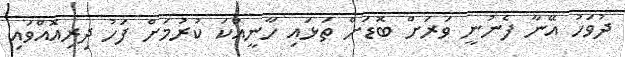
ދުވަހު އޭނާ ފެނުނީ ވަރަށް ބޮޑަށް ތަޅައި ހާނީއްކަ ކުރުމަށް ފަހު ދިރިއޮއްވައި